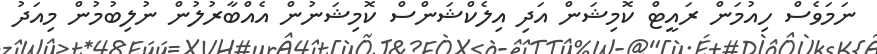
ނަމަވެސް ހިއުމަން ރައީޓް ކޮމިޝަން އަދި އިލެކްޝަންސް ކޮމިޝަނުން އެއްބާރުލުން ނުލިބުމުން މިއަދު